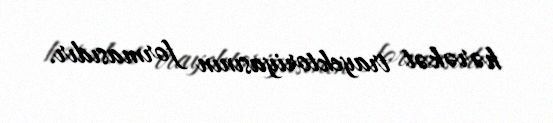
hərəkət trayektoriyasının formasıdır.